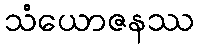
သံယောဇနဿ